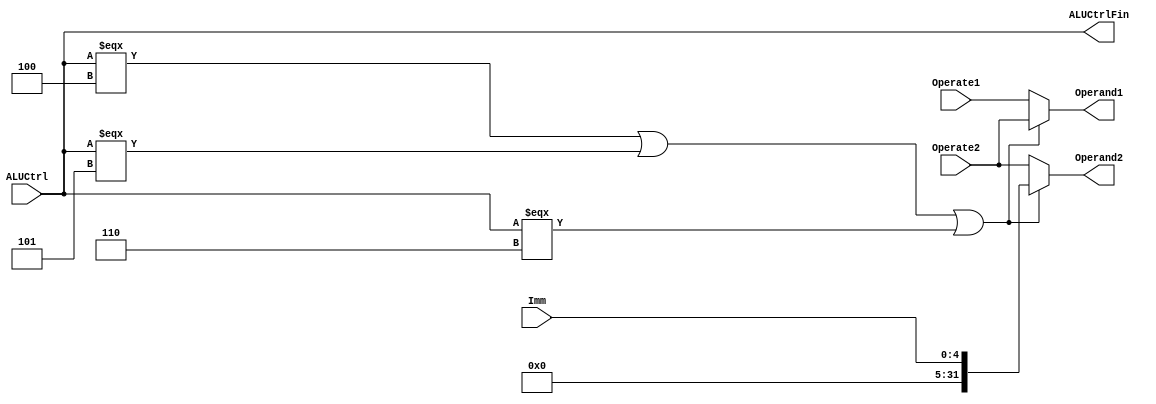
`timescale 1ns / 1ps
//////////////////////////////////////////////////////////////////////////////////
// Company: 
// Engineer: 
// 
// Design Name: 
// Module Name:    mux6 
// Project Name: 
// Target Devices: 
// Tool versions: 
// Description: 
//
// Dependencies: 
//
// Revision: 
// Revision 0.01 - File Created
// Additional Comments: 
//
//////////////////////////////////////////////////////////////////////////////////
module MUX_OperandFinal(
	input [31:0]Operate1,
	input [31:0]Operate2,
	input [4:0]Imm,
	input [4:0]ALUCtrl,
	output [31:0]Operand1,
	output [31:0]Operand2,
	output [4:0]ALUCtrlFin
    );
	 assign Operand1 = ((ALUCtrl === 5'b00100) || (ALUCtrl === 5'b00101) || (ALUCtrl === 5'b00110)) ? Operate2 : Operate1;
	 assign Operand2 = ((ALUCtrl === 5'b00100) || (ALUCtrl === 5'b00101) || (ALUCtrl === 5'b00110)) ? {27'b0, Imm} : Operate2;
	 assign ALUCtrlFin = ALUCtrl;
endmodule